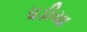
ધડીયા